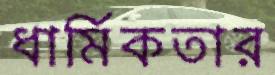
ধার্মিকতার